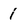
Character: 1